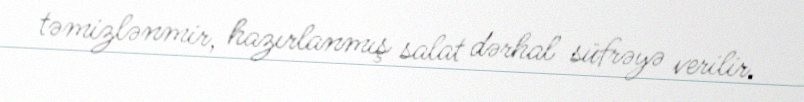
təmizlənmir, hazırlanmış salat dərhal süfrəyə verilir.